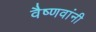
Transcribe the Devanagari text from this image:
वैष्णवांनी